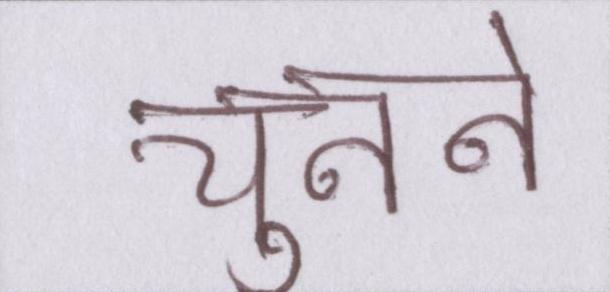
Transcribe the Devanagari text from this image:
चुनने